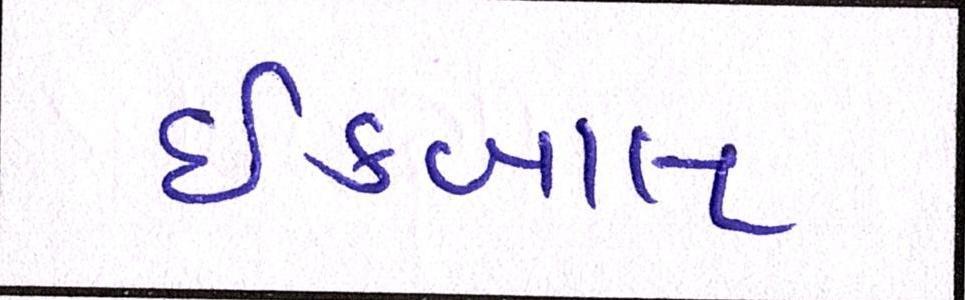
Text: ઈકબાલ